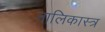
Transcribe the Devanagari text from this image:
नालिकास्‍त्र